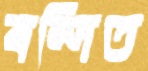
বন্দিত